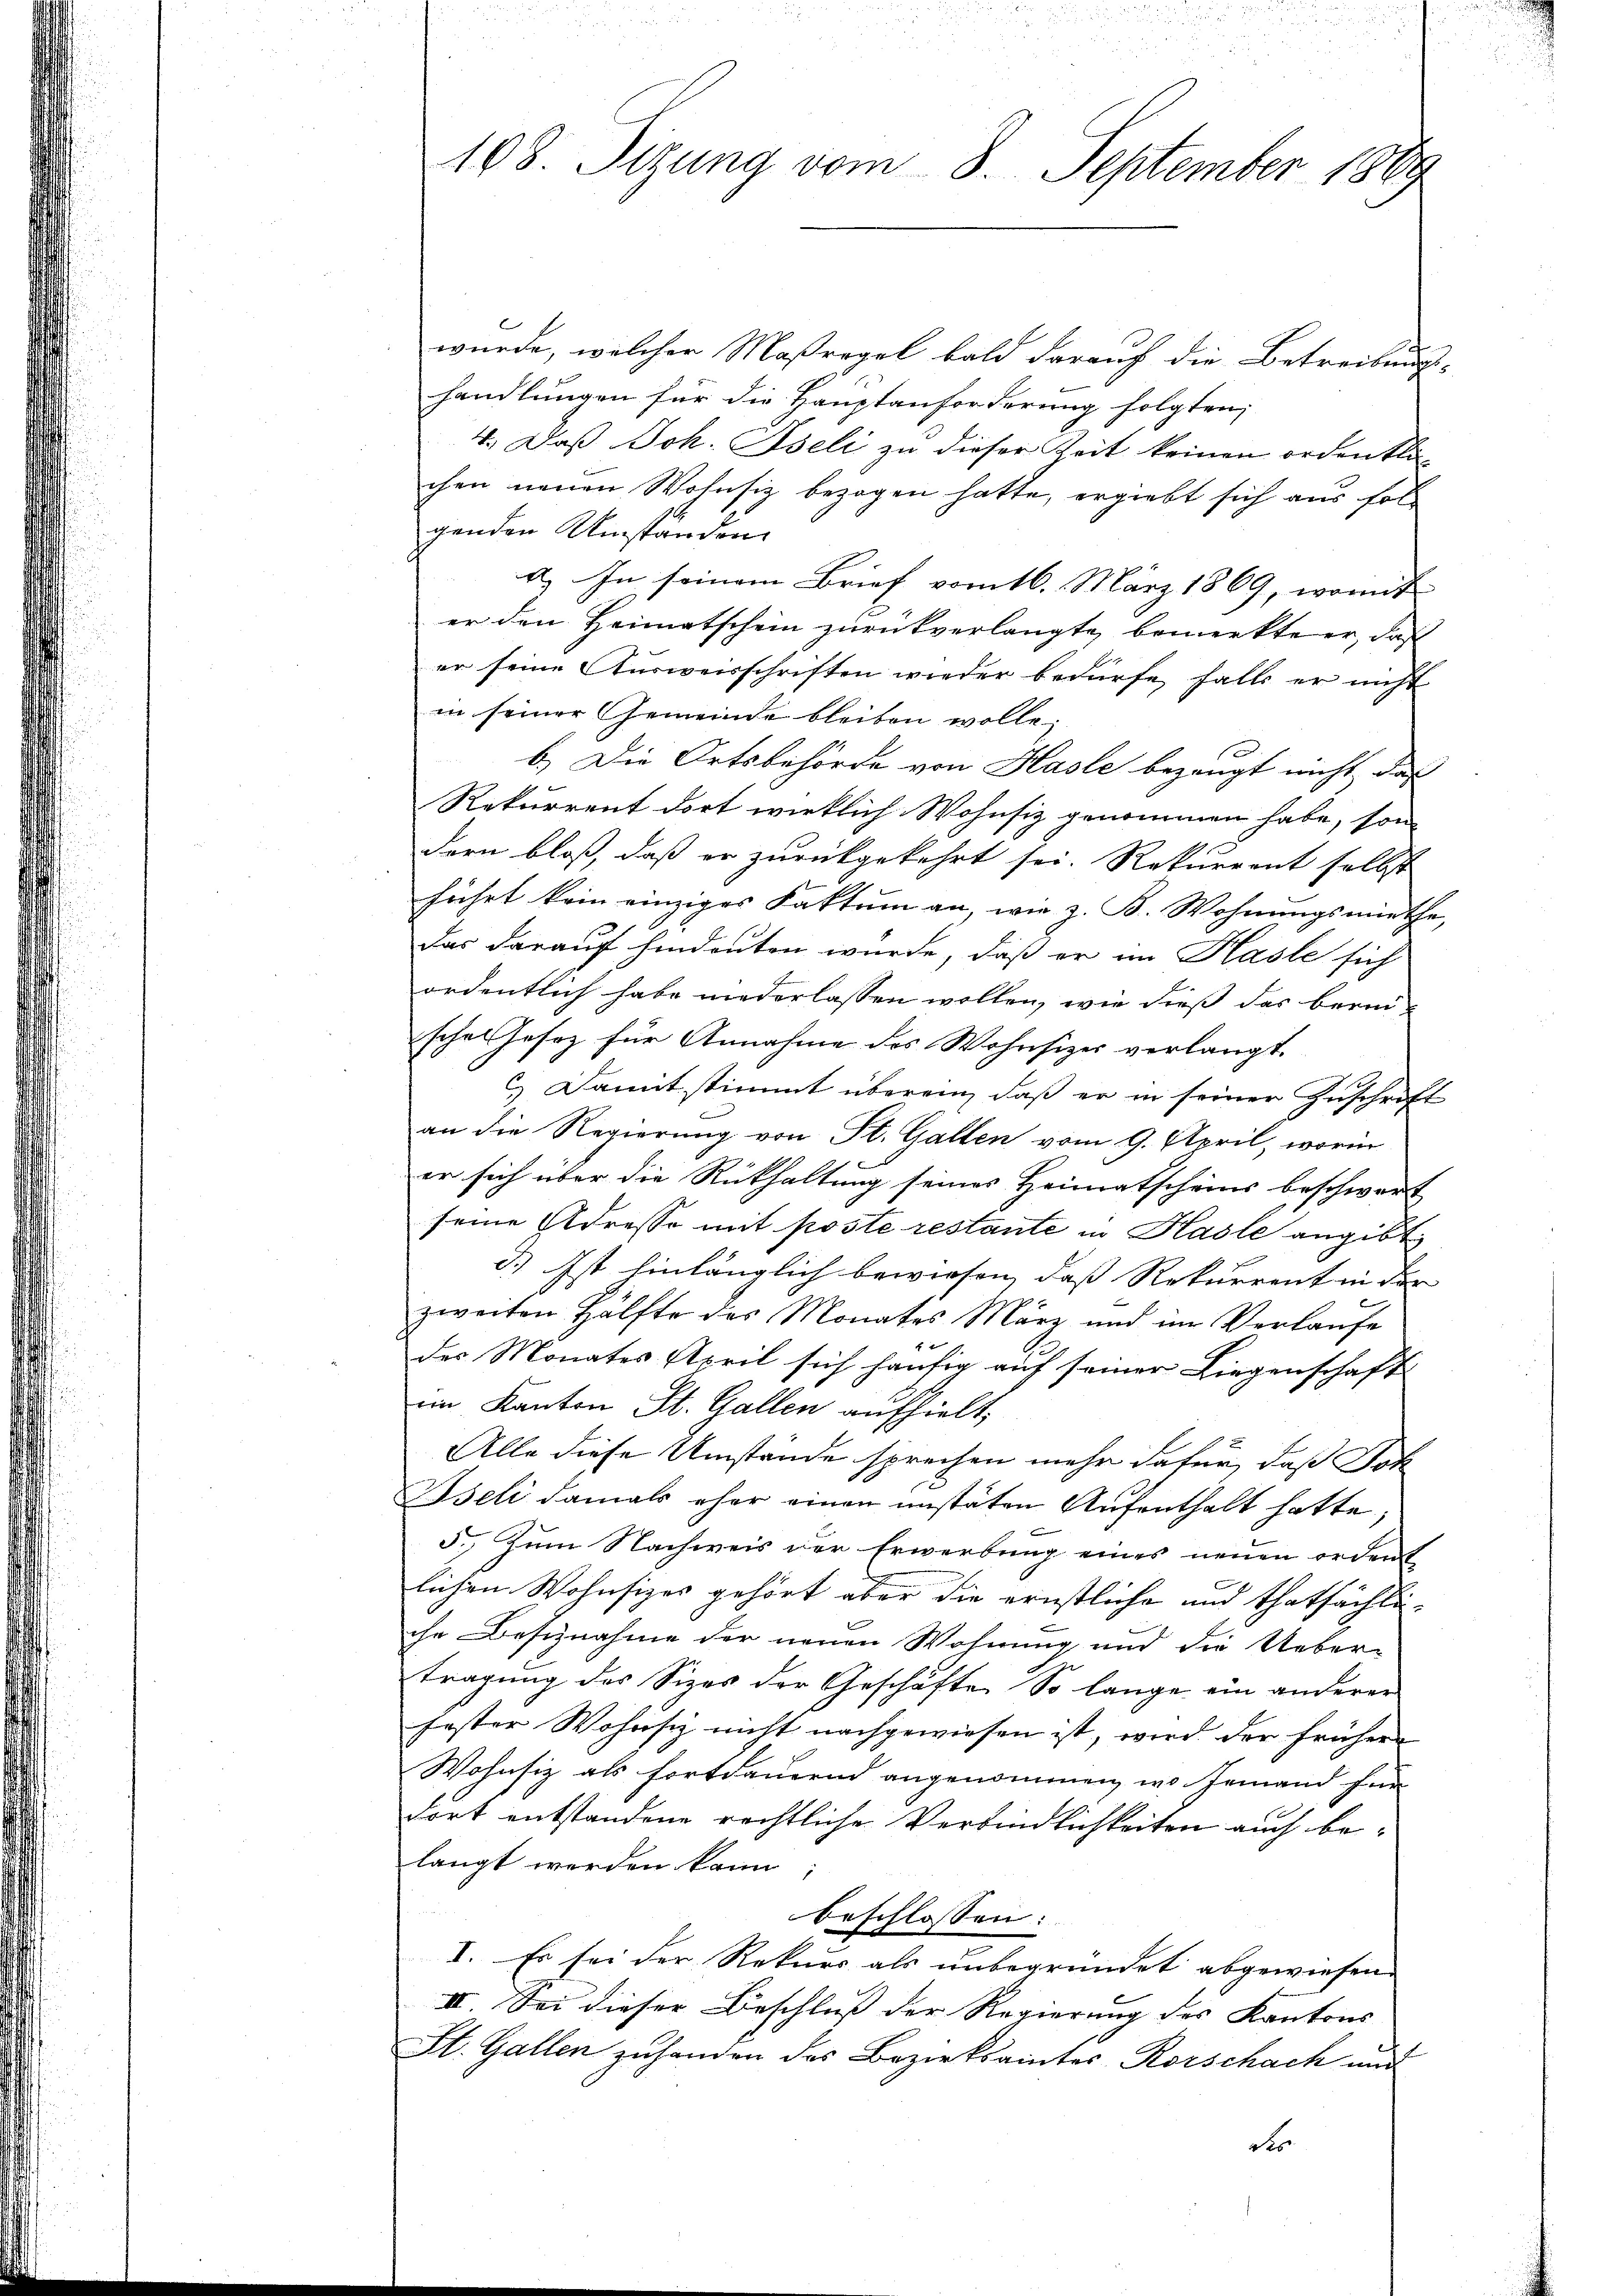
108. Sizung vom 8. September 1889

wurde, welcher Maßregel bald darauf die Betreibungs-
handlungen für die Hauptanforderung folgten,
4.) Daß Joh. Iseli zu dieser Zeit keinen ordentli
chen neuen Wohnsiz bezogen hatte, ergiebt sich aus folgenden Umständen
a. In seinem Brief vom 16. März 1869, womit
er den Heimatschein zurückverlangte bemerkte er, daß
er seine Ausweisschriften wieder bedürfe halte er nicht
in seiner Gemeinde bleiben wolle;
1
b.) Die Ortsbehörde von Hasle bezeugt nicht das
Rekurrent dort wirklich Wohnsiz genommen habe, son
dern bloß, daß er zurückgekehrt sei. Rekurrent selbst
führt kein einziges Faktum an, wie z. B. Wohnungsmiethe,
das darauf hindeuten wurde, daß er im Hasle sich
ordentlich habe niederlassen wollen, wie dieß das beri
schon hesez für Annahme des Wohnsizer verlangt.
& Damit stimmt überein, daß er in seiner Zuschrift
an die Regierung von St. Gallen vom 9. April, worin
er sich über die Rükhaltung seines Heimatscheins beschwert
seine Adresso mit poste restante in Hasle angibt,
d.) Ist hinlänglich bewiesen, daß Rekurrent in der
zweiten Hälfte des Monates März und im Verlaŭfe
f x
des Monates April sich häufig auf seiner Liegenschaft
im Kanton St. Gallen aufhielt,
Alle diese Umstände sprechen mehr dafür, daß Joh
Iseli damals eher einen unstäten Aufenthalt hatte,
5. Zum Nachweis der Erwerbung eines neuen ordent
lichen Wohnsizes gehört aber die ernstliche und thatsächli-
che Besiznahme der neuen Wohnung und die Ueber-
tragung des Sizes der Geschäfte. So lange ein anderer
fester Wohnsiz nicht nachgewiesen ist, wird der frühere
Wohnsiz als fortdauernd angenommen, wo jemand für
dort entstandene rechtliche Verbindlichkeiten auch belangt werden kann.
beschlossen:
I. Es sei der Rekurs als unbegründet abgewiesen.
II. Sei dieser Beschluß der Regierung des Kantons
St. Gallen zuhanden des Bezirksamtes Rorschach und
do